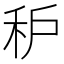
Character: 𱵾